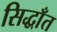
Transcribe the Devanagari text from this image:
सिद्धाँत